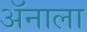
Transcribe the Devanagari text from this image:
ॲनाला